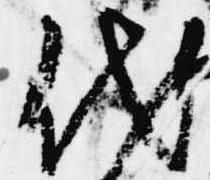
代